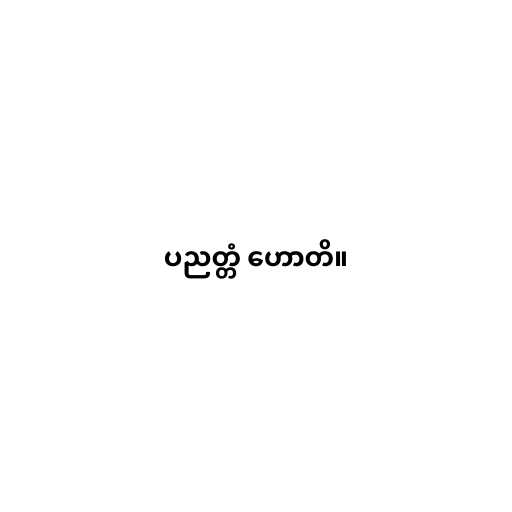
ပညတ္တံ ဟောတိ။